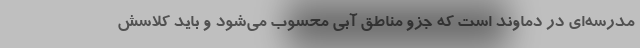
مدرسه‌ای در دماوند است که جزو مناطق آبی محسوب می‌شود و باید کلاسش